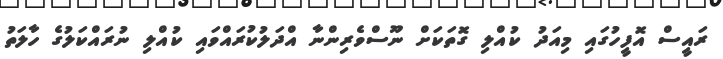
ރައީސް އޮފީހުގައި މިއަދު ކުއްލި ގޮތަކަށް ނޫސްވެރިންނާ އްދަލުކުރައްވައި ކުއްލި ނުރައްކަލުގެ ހާލަތު